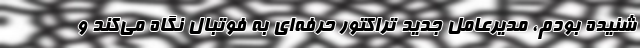
شنیده بودم، مدیرعامل جدید تراکتور حرفه‌ای به فوتبال نگاه می‌کند و